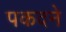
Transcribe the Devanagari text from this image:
पकदने